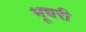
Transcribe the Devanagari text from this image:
भूचरी